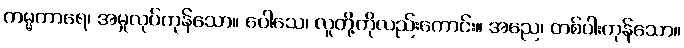
ကမ္မကာရေ၊ အမှုလုပ်ကုန်သော။ ပေါသေ၊ လူတို့ကိုလည်းကောင်း။ အညေ၊ တစ်ပါးကုန်သော။